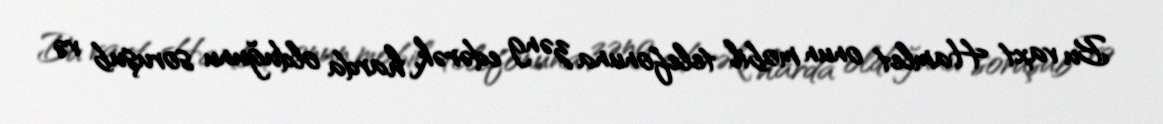
Bu vaxt Hamlet onun mobil telefonuna zəng edərək, harda olduğunu soruşub və